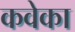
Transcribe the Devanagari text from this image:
कवेका